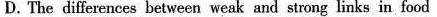
D.The differences between weak and atrong links in food